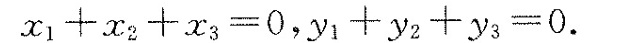
$$x _ { 1 } + x _ { 2 } +x _ { 3 } = 0$$，$$y _ { 1 } + y _ { 2 } + y _ { 3 } = 0$$.